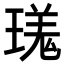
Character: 𪼎